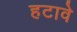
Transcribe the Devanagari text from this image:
हटावे